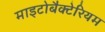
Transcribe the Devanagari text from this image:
माइटोबैक्टेरियम